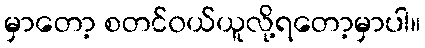
မှာတော့ စတင်၀ယ်ယူလို့ရတော့မှာပါ။